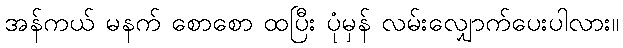
အန်ကယ် မနက် စောစော ထပြီး ပုံမှန် လမ်းလျှောက်ပေးပါလား။